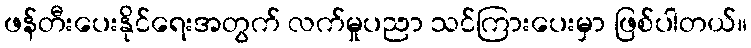
ဖန်တီးပေးနိုင်ရေးအတွက် လက်မှုပညာ သင်ကြားပေးမှာ ဖြစ်ပါတယ်။